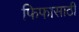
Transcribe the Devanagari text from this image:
फिफासाठी